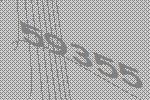
59355